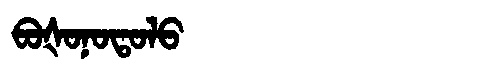
Manchu: ᠪᠣᡧᠣᠨᠣᡨᠣᠯᠣ
Romanization: BOŠONOTOLO